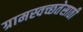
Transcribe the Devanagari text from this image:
ग्रामस्वच्छतेसाठी